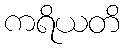
ကရိယတိ